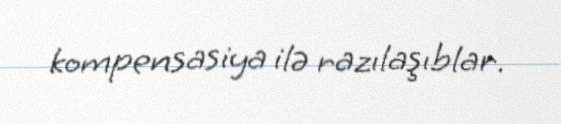
kompensasiya ilə razılaşıblar.